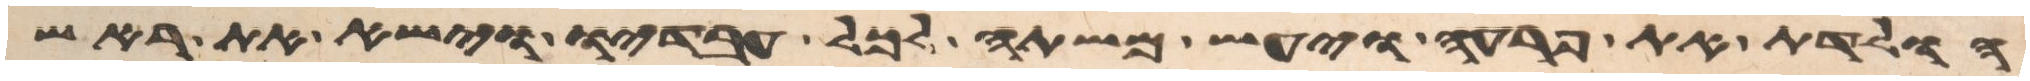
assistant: הולדת את פרעה ויעש משתה לכל עבדיו וישא את ראש